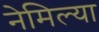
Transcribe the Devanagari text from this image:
नेमिल्या